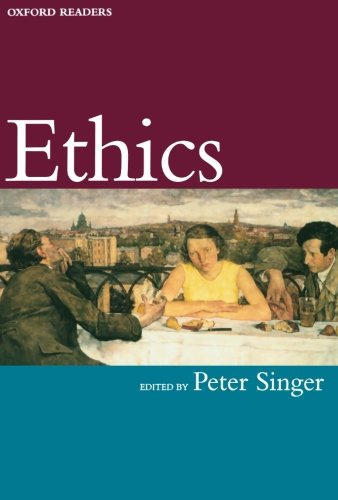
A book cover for Ethics (Oxford Readers); Medical Books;